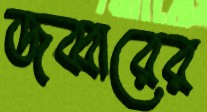
জব্বারের